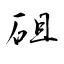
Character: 砠